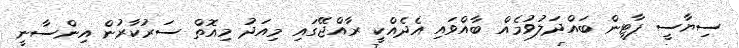
ސިޔާސީ ޕާޓީން ބައްދަލުވުމެއް ބާއްވައި އެދެއްކީ ރާއްޖޭގައި މިއަދު މިއޮތް ސަރުކާރުން އިންސާނީ